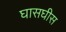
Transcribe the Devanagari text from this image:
घासघीस